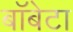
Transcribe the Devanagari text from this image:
बॉबेटा